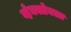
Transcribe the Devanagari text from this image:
व्हेनक्लेक्स्टा